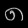
Digit: ၈